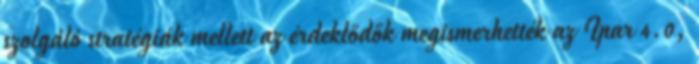
szolgáló stratégiák mellett az érdeklődők megismerhették az Ipar 4.0,